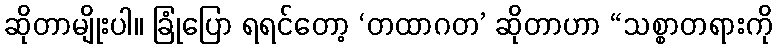
ဆိုတာမျိုးပါ။ ခြုံပြော ရရင်တော့ ‘တထာဂတ’ ဆိုတာဟာ “သစ္စာတရားကို